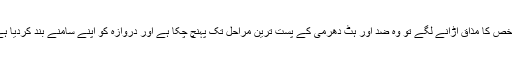
جب آدمی حقیقت اور حق کے حامل شخص کا مذاق اڑانے لگے تو وہ ضد اور ہٹ دھرمی کے پست ترین مراحل تک پہنچ چکا ہے اور دروازہ کو اپنے سامنے بند کردیا ہے اور دل کی سختی تک پہنچ چکا ہے۔